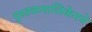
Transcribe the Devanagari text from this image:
पुस्तकमालिकेमधे